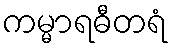
ကမ္မာရဓီတရံ